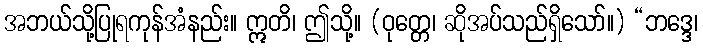
အဘယ်သို့ပြုရကုန်အံနည်း။ ဣတိ၊ ဤသို့။ (ဝုတ္တေ၊ ဆိုအပ်သည်ရှိသော်။) “ဘဒ္ဒေ၊